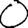
Digit: 0